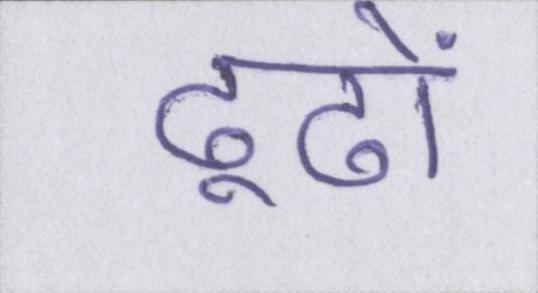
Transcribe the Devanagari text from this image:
ढूढों